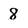
Character: 8